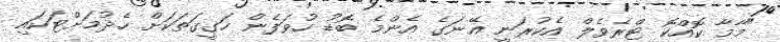
"މާމާ ކޮއްކޮ ޓްރެވެލް އެކުރަނީ އޭނަގެ އެންމެ ބޮޑު ހުވަފެން ހަގީގަތަކަށް ހެދުމަށްޓަކައި